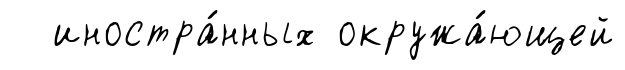
иностра́нных окружа́ющей